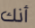
أنك